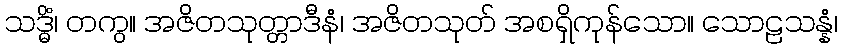
သဒ္ဓိံ၊ တကွ။ အဇိတသုတ္တာဒီနံ၊ အဇိတသုတ် အစရှိကုန်သော။ သောဠသန္နံ၊